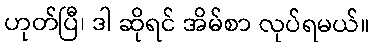
ဟုတ်ပြီ၊ ဒါ ဆိုရင် အိမ်စာ လုပ်ရမယ်။